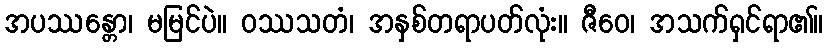
အပဿန္တော၊ မမြင်ပဲ။ ဝဿသတံ၊ အနှစ်တရာပတ်လုံး။ ဇီဝေ၊ အသက်ရှင်ရာ၏။